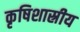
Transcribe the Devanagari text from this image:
कृषिशास्रीय